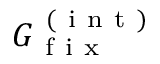
G _ { \mathrm { ~ f ~ i ~ x ~ } } ^ { \mathrm { ~ ( ~ i ~ n ~ t ~ ) ~ } }